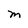
Character: M